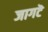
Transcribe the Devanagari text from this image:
जागटॆ